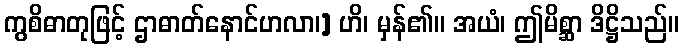
ကွစိဓာတုဖြင့် ဌာဓာတ်နောင်ဟလာ၊] ဟိ၊ မှန်၏။ အယံ၊ ဤမိစ္ဆာ ဒိဋ္ဌိသည်။